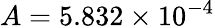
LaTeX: A=5.832\times 10^{-4}